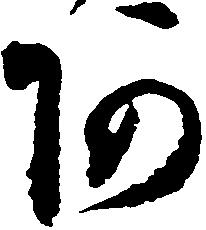
阿